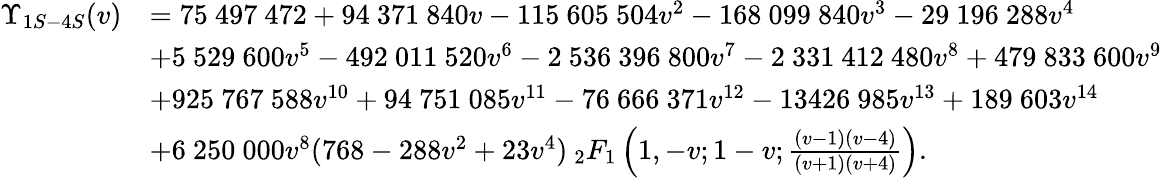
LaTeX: \begin{array}{rl}{\Upsilon_{1S-4S}(v)}&{=75~497~472+94~371~840v-115~605~504v^{2}-168~099~840v^{3}-29~196~288v^{4}}\\ &{+5~529~600v^{5}-492~011~520v^{6}-2~536~396~800v^{7}-2~331~412~480v^{8}+479~833~600v^{9}}\\ &{+925~767~588v^{10}+94~751~085v^{11}-76~666~371v^{12}-13426~985v^{13}+189~603v^{14}}\\ &{+6~250~000v^{8}(768-288v^{2}+23v^{4})\: _{2}F_{1}\left(1,-v;1-v;\frac{(v-1)(v-4)}{(v+1)(v+4)}\right).}\end{array}